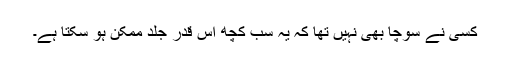
کسی نے سوچا بھی نہیں تھا کہ یہ سب کچھ اس قدر جلد ممکن ہو سکتا ہے۔